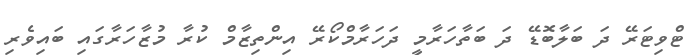
ޓްވިޓަރޭ ދަ ބަލާބޮޑޭ ދަ ބަތާހަރާމީ ދަހަރާމްކޯރޭ އިންތިޒާމް ކުރާ މުޒާހަރާގައި ބައިވެރި